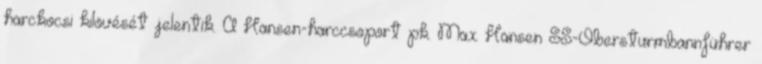
harckocsi kilövését jelentik. A Hansen-harccsoport pk. Max Hansen SS-Obersturmbannführer